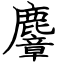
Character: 麞